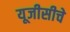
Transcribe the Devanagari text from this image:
यूजीसीचे